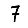
Digit: 7